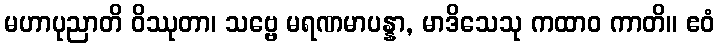
မဟာပုညာတိ ဝိဿုတာ၊ သဗ္ဗေ မရဏမာပန္နာ, မာဒိသေသု ကထာဝ ကာတိ။ ဧဝံ